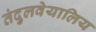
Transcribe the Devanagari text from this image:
तंदुलवेयालिय